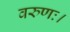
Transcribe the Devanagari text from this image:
वरुणः।